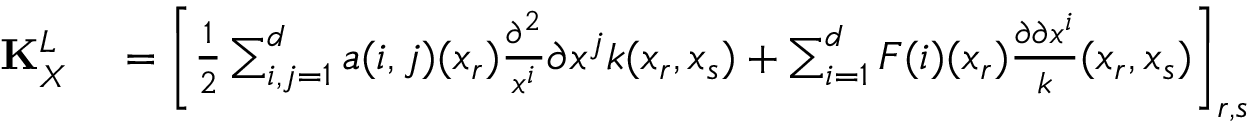
\begin{array} { r l } { \mathbf { K } _ { X } ^ { L } } & { { } = \left[ \frac { 1 } { 2 } \sum _ { i , j = 1 } ^ { d } a ( i , j ) ( x _ { r } ) \frac { \partial ^ { 2 } } { x ^ { i } } { \partial x ^ { j } } k ( x _ { r } , x _ { s } ) + \sum _ { i = 1 } ^ { d } F ( i ) ( x _ { r } ) \frac { \partial \partial x ^ { i } } k ( x _ { r } , x _ { s } ) \right] _ { r , s } } \end{array}